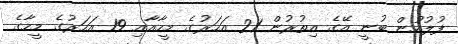
ފުލުހުން ބުނީ އޭގެ އިތުރުން 21 އަހަރުގެ މީހާއާއި 19 އަހަރުގެ މީހާގެ